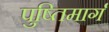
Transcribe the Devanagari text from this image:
पुष्तिमार्ग